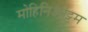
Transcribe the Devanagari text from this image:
मोहिनिआट्टम